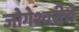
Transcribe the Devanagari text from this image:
जोगेश्वरीचे